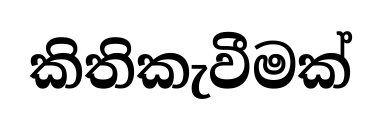
කිතිකැවීමක්